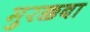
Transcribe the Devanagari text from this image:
मुरक्कबा